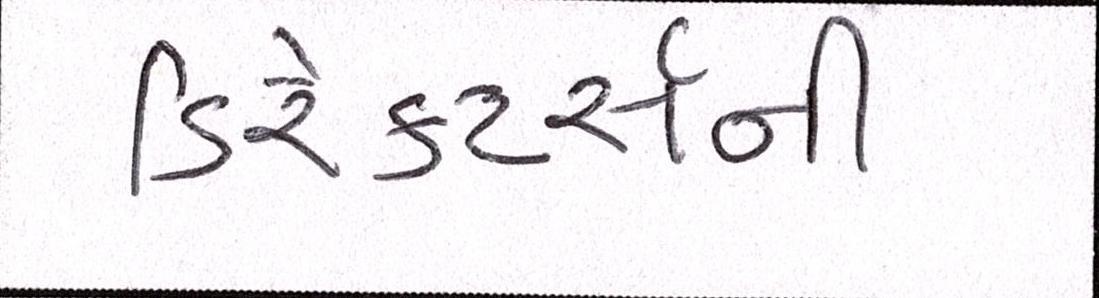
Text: ડિરેક્ટર્સની